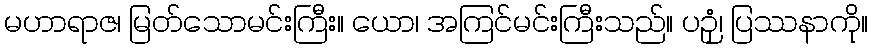
မဟာရာဇ၊ မြတ်သောမင်းကြီး။ ယော၊ အကြင်မင်းကြီးသည်။ ပဉှံ၊ ပြဿနာကို။